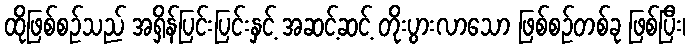
ထိုဖြစ်စဉ်သည် အရှိန်ပြင်းပြင်းနှင့် အဆင့်ဆင့် တိုးပွားလာသော ဖြစ်စဉ်တစ်ခု ဖြစ်ပြီး၊